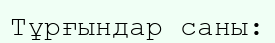
Тұрғындар саны: